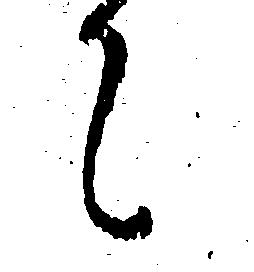
て